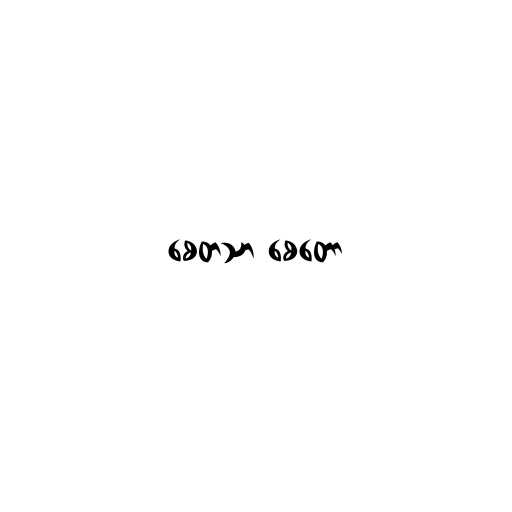
စေတသာ စေတော